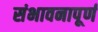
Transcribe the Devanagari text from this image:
संभावनापूर्ण